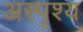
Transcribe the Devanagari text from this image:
अस्पृश्‍य